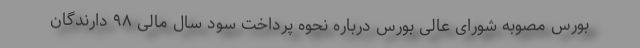
بورس مصوبه شورای عالی بورس درباره نحوه پرداخت سود سال مالی ۹۸ دارندگان